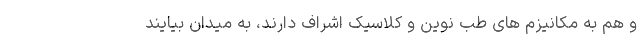
و هم به مکانیزم های طب نوین و کلاسیک اشراف دارند، به میدان بیایند